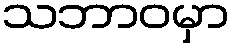
သဘာဝမှာ